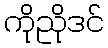
ကိုညိုဒင်